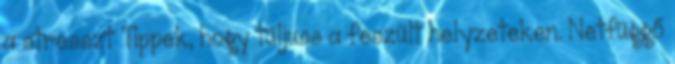
a stresszt Tippek, hogy túljuss a feszült helyzeteken. Netfüggő